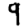
Digit: 9